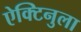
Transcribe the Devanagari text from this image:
ऐक्टिनुला